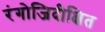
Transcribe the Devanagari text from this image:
रंगोजिदीक्षित